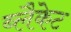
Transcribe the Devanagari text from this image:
ब्लैकेट